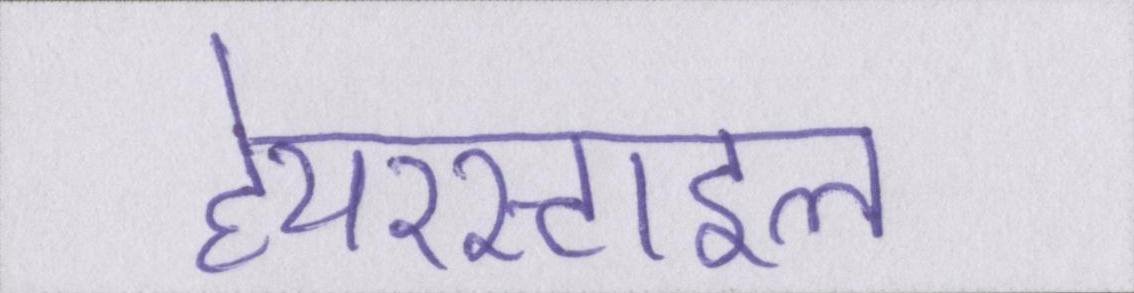
हेयरस्टाइल